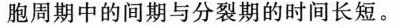
胞周期中的间期与分裂期的时间长短。